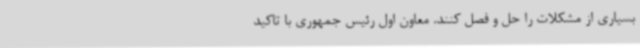
بسیاری از مشکلات را حل و فصل کنند. معاون اول رئیس جمهوری با تاکید